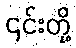
၎င်းတို့